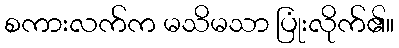
စကားလက်က မသိမသာ ပြုံးလိုက်၏။